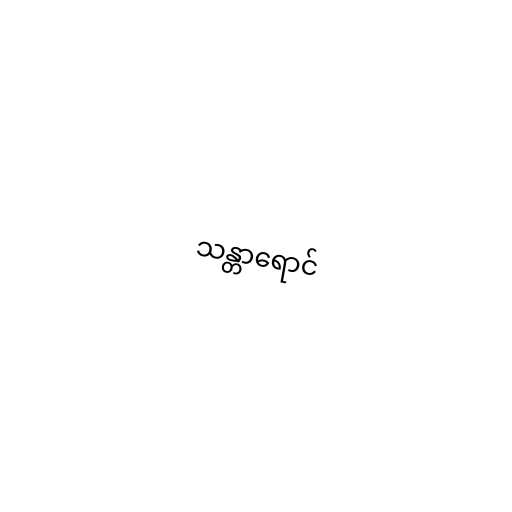
သန္တာရောင်